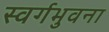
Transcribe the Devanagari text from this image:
स्वर्गभुवना